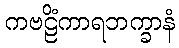
ကဗဠိံကာရဘက္ခာနံ